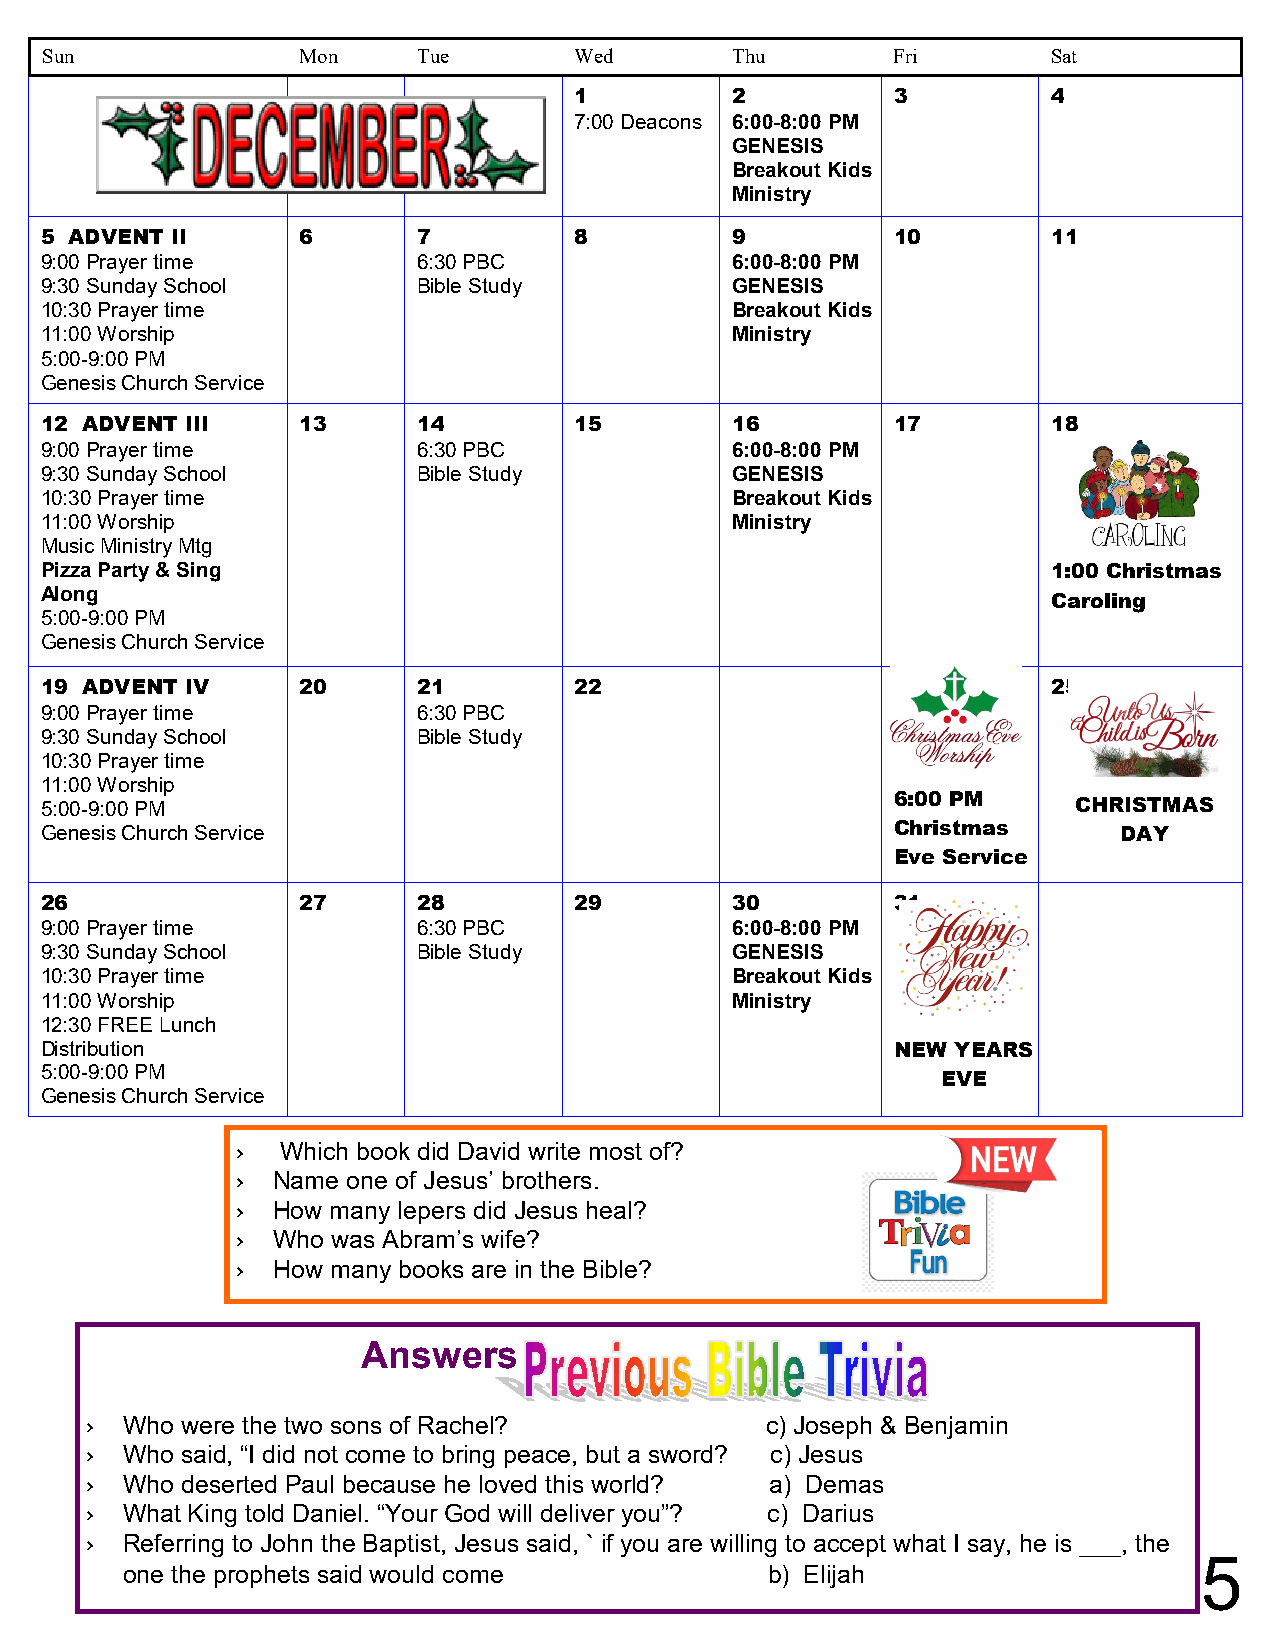
Sun              Mon     Tue       Wed       Thu        Fri        Sat
 1         2          3          4
 7:00 Deacons 6:00-8:00 PM
 GENESIS
 Breakout Kids
 Ministry
 5 ADVENT II      6       7         8         9          10         11
 9:00 Prayer time         6:30 PBC            6:00-8:00 PM
 9:30 Sunday School       Bible Study         GENESIS
 10:30 Prayer time                            Breakout Kids
 11:00 Worship                                Ministry
 5:00-9:00 PM
 Genesis Church Service
 12 ADVENT III    13      14        15        16         17         18
 9:00 Prayer time         6:30 PBC            6:00-8:00 PM
 9:30 Sunday School       Bible Study         GENESIS
 10:30 Prayer time                            Breakout Kids
 11:00 Worship                                Ministry
 Music Ministry Mtg
 Pizza Party & Sing                                                 1:00 Christmas
 Along
 Caroling
 5:00-9:00 PM
 Genesis Church Service
 19 ADVENT IV     20      21        22                   24         25
 9:00 Prayer time         6:30 PBC
 9:30 Sunday School       Bible Study
 10:30 Prayer time
 11:00 Worship
 5:00-9:00 PM                                            6:00 PM     CHRISTMAS
 Genesis Church Service                                  Christmas      DAY
 Eve Service
 26               27      28        29        30         31
 9:00 Prayer time         6:30 PBC            6:00-8:00 PM
 9:30 Sunday School       Bible Study         GENESIS
 10:30 Prayer time                            Breakout Kids
 11:00 Worship                                Ministry
 12:30 FREE Lunch
 Distribution                                            NEW YEARS
 5:00-9:00 PM
 EVE
 Genesis Church Service
 ›  Which book did David write most of?
 › Name one of Jesus’ brothers.
 › How many lepers did Jesus heal?
 › Who was Abram’s wife?
 › How many books are in the Bible?
 Answers
 › Who were the two sons of Rachel?           c) Joseph & Benjamin
 › Who said, “I did not come to bring peace, but a sword? c) Jesus
 › Who deserted Paul because he loved this world? a) Demas
 › What King told Daniel. “Your God will deliver you”? c) Darius
 › Referring to John the Baptist, Jesus said, ` if you are willing to accept what I say, he is ___, the
 5
 one the prophets said would come           b) Elijah